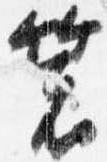
箸